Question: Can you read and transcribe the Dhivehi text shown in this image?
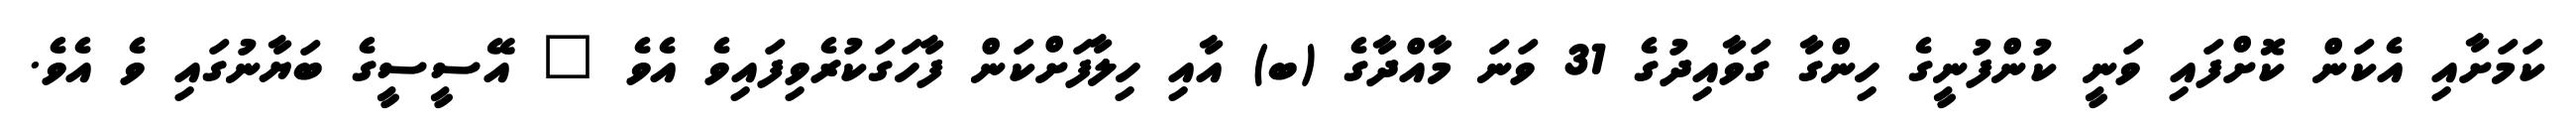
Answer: ކަމަށާއި އެކަން ކޮށްފައި ވަނީ ކުންފުނީގެ ހިންގާ ގަވާއިދުގެ 31 ވަނަ މާއްދާގެ (ބ) އާއި ހިލާފަށްކަން ފާހަގަކުރެވިފައިވެ އެވެ " އޭސީސީގެ ބަޔާނުގައި ވެ އެވެ.